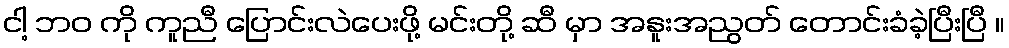
ငါ့ ဘဝ ကို ကူညီ ပြောင်းလဲပေးဖို့ မင်းတို့ ဆီ မှာ အနူးအညွတ် တောင်းခံခဲ့ပြီးပြီ ။